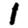
Digit: 1